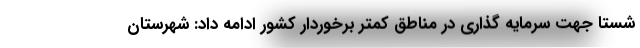
شستا جهت سرمایه گذاری در مناطق کمتر برخوردار کشور ادامه داد: شهرستان